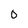
Character: 0